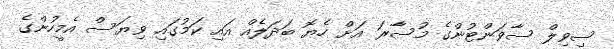
ސިވިލް ސާވަންޓުންގެ މުސާރަ އަށް ހެޔޮ ބަދަލެއް އައި ކަމުގައި ވިޔަސް އެމީހުންގެ